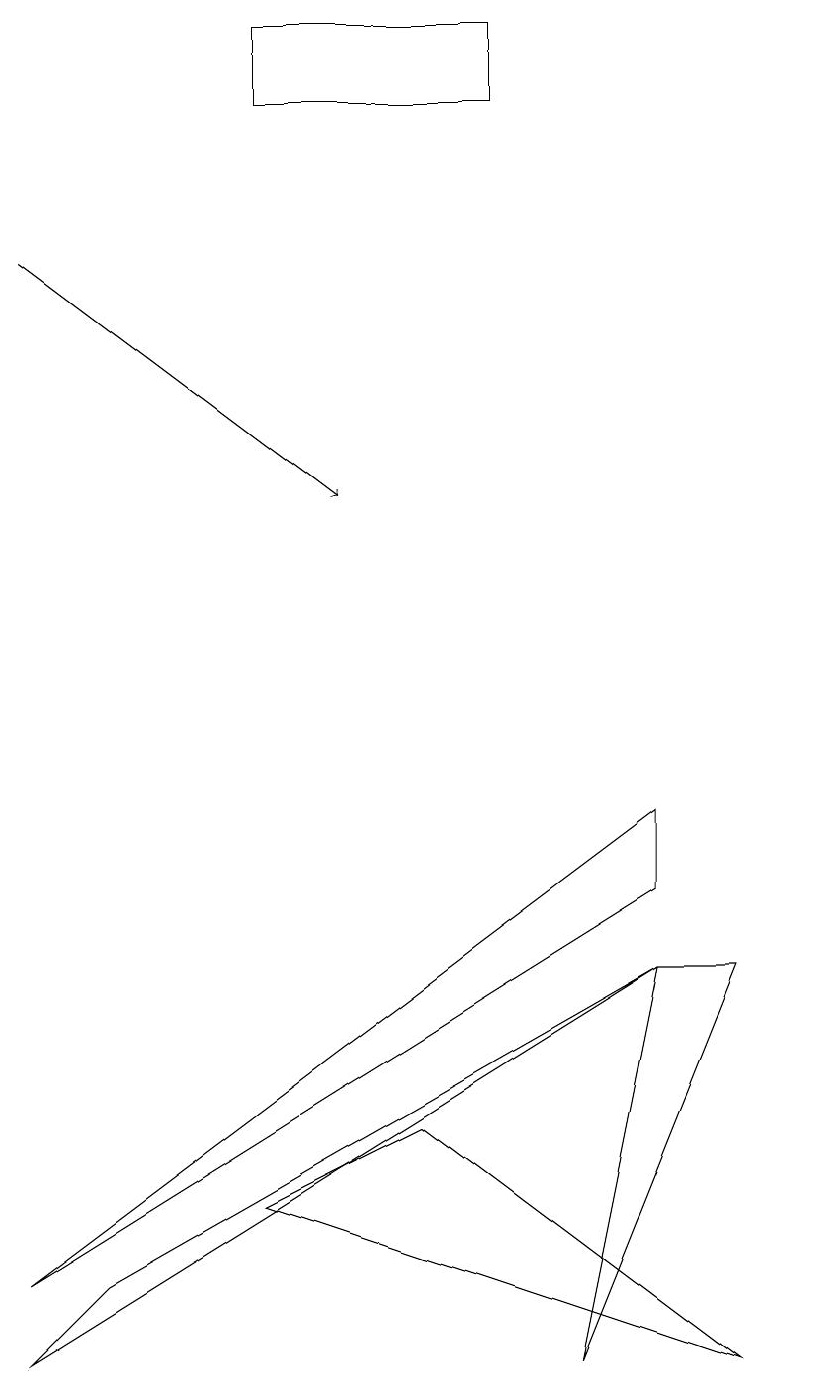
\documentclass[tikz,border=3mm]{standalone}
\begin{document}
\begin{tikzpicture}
\draw (7,1) -- (9,6) -- (8,6) -- cycle;
\draw (10,10) circle (0);
\draw[->] (0,15) -- (4,12);
\draw (6,18) rectangle (3,17);
\draw (3,3) -- (9,1) -- (5,4) -- cycle;
\draw (8,6) -- (0,1) -- (1,2) -- cycle;
\draw (8,7) -- (0,2) -- (8,8) -- cycle;
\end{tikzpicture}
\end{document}